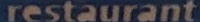
restaurant